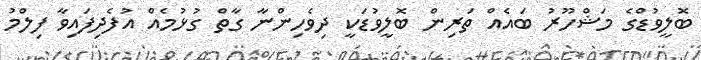
ބޮލީވުޑްގެ މަޝްހޫރު ބައެއް ތަރިން ބޮލީވުޑަކީ ދިވެހިންނާ ގާތް ގުޅުމެއް އުފެދިފައިވާ ފިލްމު